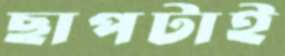
ছাপটাই